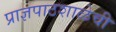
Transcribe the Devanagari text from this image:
प्राज्ञपाठशाळेची